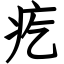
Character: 疙